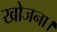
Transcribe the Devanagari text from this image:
खोजना।